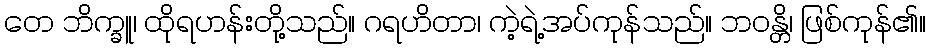
တေ ဘိက္ခူ၊ ထိုရဟန်းတို့သည်။ ဂရဟိတာ၊ ကဲ့ရဲ့အပ်ကုန်သည်။ ဘဝန္တိ၊ ဖြစ်ကုန်၏။